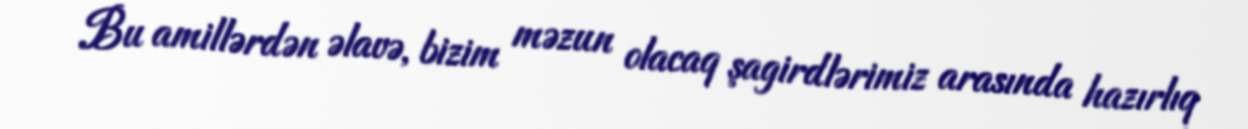
Bu amillərdən əlavə, bizim məzun olacaq şagirdlərimiz arasında hazırlıq